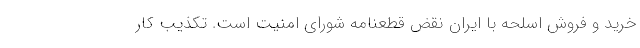
خرید و فروش اسلحه با ایران نقض قطعنامه شورای امنیت است. تکذیب کار